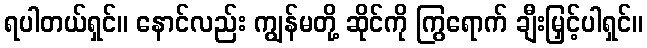
ရပါတယ်ရှင်။ နောင်လည်း ကျွန်မတို့ ဆိုင်ကို ကြွရောက် ချီးမြှင့်ပါရှင်။